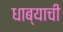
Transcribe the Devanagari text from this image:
धाब्याची